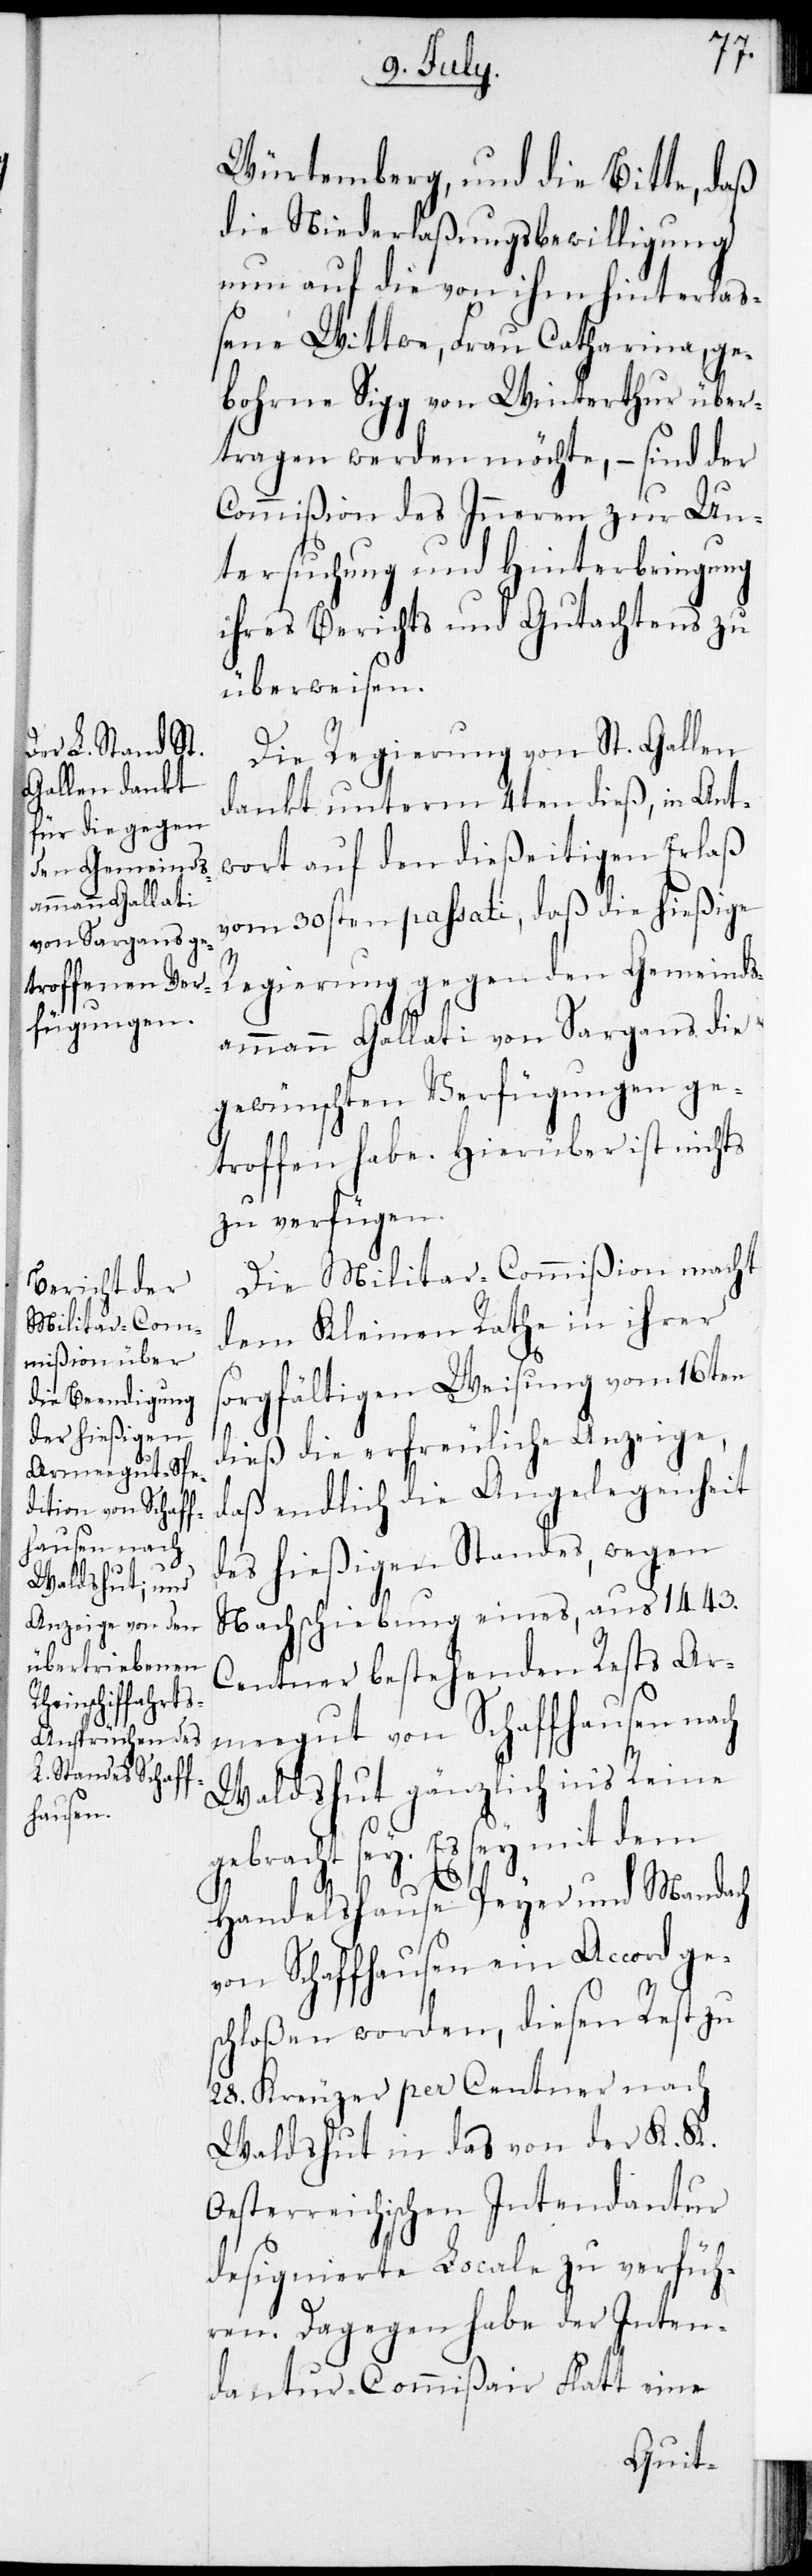
Würtemberg, und die Bitte, daß
die Niederlaßungsbewilligung
nun auf die von ihm hinterlaß¬
ene Wittwe, Frau Catharina, ge¬
bohrne Sigg von Winterthur über¬
tragen werden möchte, – sind der
Commißion des Inneren zur Un¬
tersuchung und Hinterbringung
ihres Berichts und Gutachtens zu
überweisen.
Die Regierung von St. Gallen
dankt unterm 4ten dieß, in Ant¬
wort auf den dießeitigen Erlaß
vom 30sten passati, daß die hießige
Regierung gegen den Gemeinds¬
ammann Gallati von Sargans die
gewünschten Verfügungen ge¬
troffen habe. Hierüber ist nichts
zu verfügen.
Die Militar-Commißion macht
dem Kleinen Rathe in ihrer
sorgfältigen Weisung vom 16ten
dieß die erfreuliche Anzeige,
daß endlich die Angelegenheit
des hießigen Standes, wegen
Nachschiebung eines, aus 1443.
Centner bestehenden Rests Ar¬
meegut von Schaffhausen nach
Waldshut gänzlich in’s Reine
gebracht sey. Es sey mit dem
Handelshause Peyer und Mandach
von Schaffhausen ein Accord ge¬
schloßen worden, diesen Rest zu
28. Kreuzer per Centner nach
Waldshut in das von der K. K.
Oesterreichischen Intendantur
designierte Locale zu verfüh¬
ren. Dagegen habe der Inten¬
dantur-Commißair Flatt eine